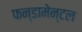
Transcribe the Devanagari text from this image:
फन्डामेन्टल